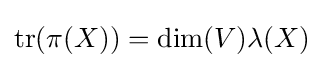
\operatorname {tr} (\pi (X))=\dim(V)\lambda (X)